Punjab Mental Hospital Lahore 1932-46 - 1932-1946
Year: 1932
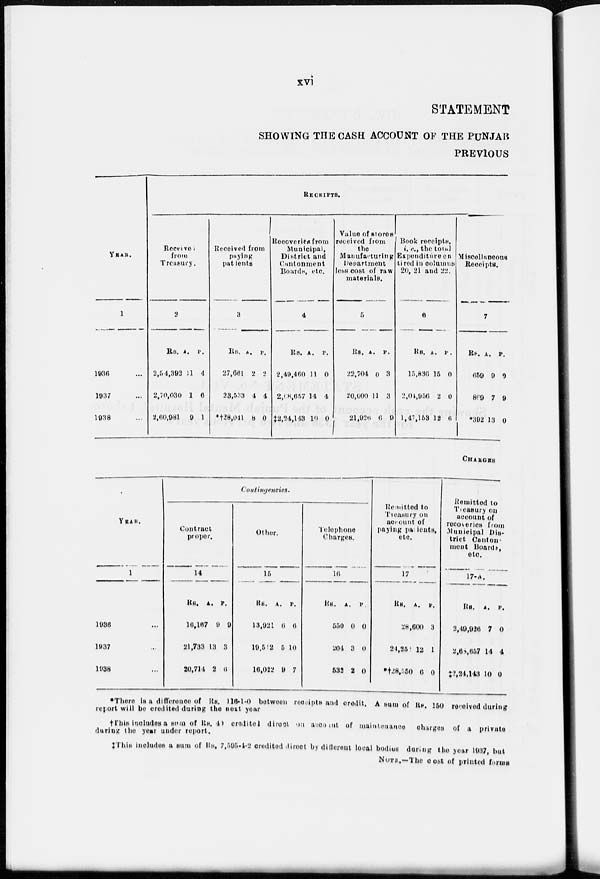
xvi
STATEMENT
SHOWING THE CASH ACCOUNT OF THE PUNJAB
PREVIOUS
YEAR.
1
1936 ...
1937 ...
1938 ...
RECEIPTS.
Receive
from
Treasury.
2
Rs.
2,54,392
2,70,030
2,60,981
A.
11
1
9
P.
4
6
1
Received from
paying
patients
3
Rs.
27,661
23,533
*†28,041
A.
2
4
8
P.
2
4
0
Recoveries from
Municipal,
District and
Cantonment
Boards, etc.
4
Rs.
2,49,460
2,68,657
‡2,24,143
A.
11
14
10
P.
0
4
0
Value of stores
received from
the
Manufacturing
Department
less cost of raw
materials.
5
Rs.
22,704
20,000
21,926
A.
0
11
6
P.
3
3
9
Book receipts,
i.e., the total
Expenditure en
tired in columns
20, 21 and 22.
6
Rs.
15,836
2,04,956
1,47,153
A.
15
2
12
P .
0
0
6
Miscellaneous
Receipts.
7
Rs.
659
869
*392
A.
9
7
13
P.
9
9
0
CHARGES
YEAR.
1
1936 ...
1937 ...
1938 ...
Contingencies.
Contract
proper.
14
Rs.
16,167
21,733
20,714
A.
9
13
2
P.
9
3
6
Other.
15
Rs.
13,921
19,512
16,022
A.
6
5
9
P.
6
10
7
Telephone
Charges.
16
Rs.
550
204
632
A.
0
3
2
P.
0
0
0
Remitted to
Treasury on
account of
paying patients,
etc.
17
Rs.
28
24,25
*†28,550
A.
600
12
6
P.
3
1
0
Remitted to
Treasury on
account of
recoveries from
Municipal Dis-
trict Canton-
ment Boards,
etc.
17-A.
Rs.
2,49,926
2,68,657
†2,24,143
A.
7
14
10
P.
0
4
0
*There is a difference of Rs. 116-0 between receipts and credit. A sum of Rs. 150 received during
report will be credited during the next year
†This includes a sum of Rs. 40 credited direct on account of maintenance charges of a private
during the year under report.
†This includes a sum of Rs. 7,595-1-2 credited direct by different local bodies during the year 1937, but
NOTE.—The cost of printed forms